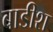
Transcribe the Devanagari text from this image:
बाडीश